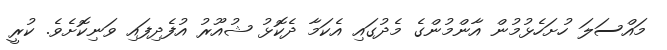
މައްސަލަ ހުށަހެޅުމުން އާންމުންގެ މެދުގައި އެކަމާ ދެކޮޅު ޝުއޫރު އުފެދިފައި ވަނިކޮށެވެ. ކުރީ